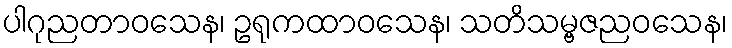
ပါဂုညတာဝသေန၊ ဥရုကထာဝသေန၊ သတိသမ္ဗဇညဝသေန၊